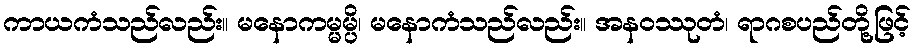
ကာယကံသည်လည်း။ မနောကမ္မမ္ပိ၊ မနောကံသည်လည်း။ အနဝဿုတံ၊ ရာဂစပည်တို့ဖြင့်